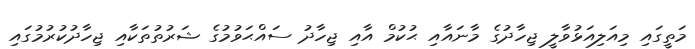
މަތީގައި މިއަލިއަޅުވާލީ ޖިހާދުގެ މާނައާއި ޙުކުމް އާއި ޖިހާދު ސައްޙަވުމުގެ ޝަރުތުތަކާއި ޖިހާދުކުރުމުގައި